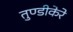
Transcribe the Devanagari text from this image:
तुण्डीकेरे